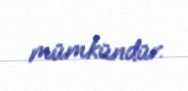
mümkündür.